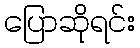
ပြောဆိုရင်း